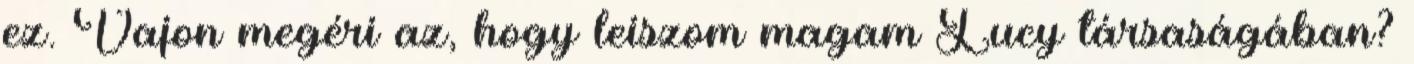
ez. Vajon megéri az, hogy leiszom magam Lucy társaságában?